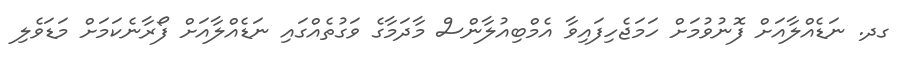
ގދ. ނަޑެއްލާއަށް ފޮނުވުމަށް ހަމަޖެހިފައިވާ އެމްބިއުލާންސް މާދަމާގެ ވަގުތެއްގައި ނަޑެއްލާއަށް ފޯރާނެކަމަށް މަޑަވެލި